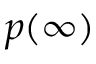
p ( \infty )